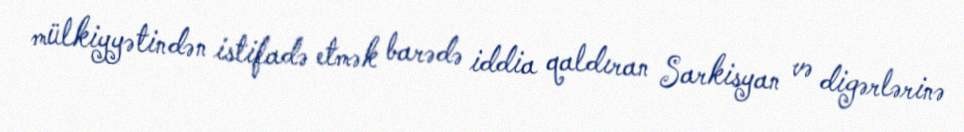
mülkiyyətindən istifadə etmək barədə iddia qaldıran Sarkisyan və digərlərinə